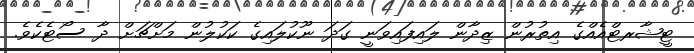
ޓީޝާރޓްއެއްގެ އިތުރުން ޒިދާން ލައިފައިވަނީ ގަދަ ނޫކުލައިގެ ކަކުލުން މަށްޗަށް ދާ ސޯޓެކެވެ.